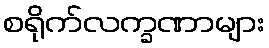
စရိုက်လက္ခဏာများ